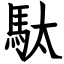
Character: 駄